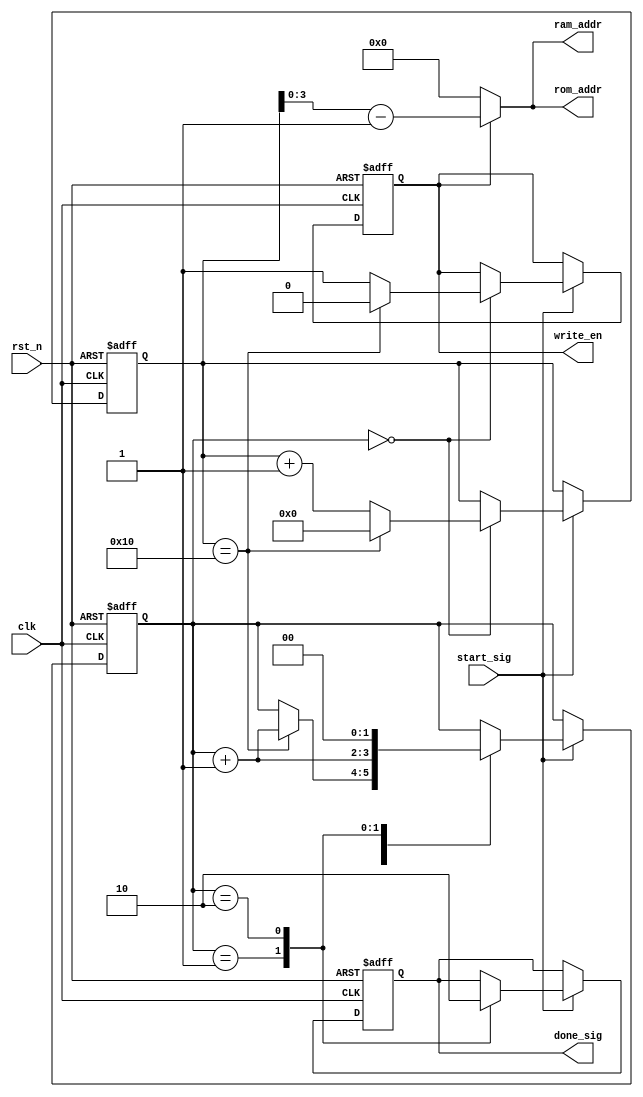
module control_module
(
    input clk,
    input rst_n,
    
    input start_sig,
    output reg done_sig,
    
    /*
    output reg [3:0] rom_addr,
    output reg write_en,
    output reg [3:0] ram_addr
    */
    
    output [3:0] rom_addr,
    output reg write_en,
    output [3:0] ram_addr
);


    reg [1:0] i;
    reg [4:0] x;
    reg [4:0] index;
    
    always @(posedge clk or negedge rst_n)
    begin
        if(~rst_n)
        begin
            i <= 2'd0;
            x <= 5'd0;
            index <= 5'd0;
            done_sig <= 1'b0;
            // rom_addr <= 4'd0;
            write_en <= 1'b0;
            // ram_addr <= 4'd0;
        end
        else if(start_sig)
        begin
            case(i)
                
                /*
                 * if(x == 16) 017clk
                 * write_en16clk, write_en1clk,017clk
                 * write_enx1~16, rom_addrram_addrx,0~15
                 */
                 
                /*
                0:
                if(x == 16) begin  x <= 5'd0; write_en <= 1'b0; i <= i + 1'b1; end
                else begin x <= x + 1'b1; rom_addr <= x[3:0]; ram_addr <= x[3:0]; write_en <= 1'b1; end
                */
                
                /*
                0:
                begin
                    //
                    //index+1x1~16,index0~15,rom_addrram_addrindex
                    if(index+1 == x) begin index = index + 1'b1; rom_addr <= index[3:0]; ram_addr <= index[3:0]; end
                    
                    if(x == 16) begin  x <= 5'd0; index <= 5'd0; write_en <= 1'b0; i <= i + 1'b1; end
                    else begin x <= x + 1'b1; write_en <= 1'b1; end
                    
                end
                */
                
                0:
                begin
                    //assignrom_addrram_addr
                    if(x == 16) begin  x <= 5'd0; index <= 5'd0; write_en <= 1'b0; i <= i + 1'b1; end
                    else begin x <= x + 1'b1; write_en <= 1'b1; end
                    
                end
                
                
                1:
                begin done_sig <= 1'b1; i <= i + 1'b1; end
                
                2:
                begin done_sig <= 1'b0; i <= 2'd0; end
            
            endcase
        end
    end
    
    
    wire [4:0] y;
    
    assign y = x - 1'b1;
    assign rom_addr = (write_en) ? y[3:0] : 4'd0;
    assign ram_addr = (write_en) ? y[3:0] : 4'd0;
    
endmodule